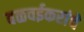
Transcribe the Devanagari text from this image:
वळवईकरांचे